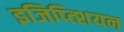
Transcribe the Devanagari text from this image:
इजिप्त्शियन